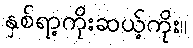
နှစ်ရာ့ကိုးဆယ့်ကိုး။